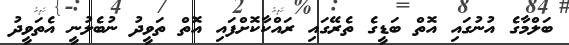
ބަލްމާގެ އުނުގައި އޮތް ބަޑީގެ ތެރޭގައި ރައްކާކޮށްފައި އޮތް ތަވީދު ނުބެލުނީ އެތަވީދު